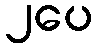
၂ပေ